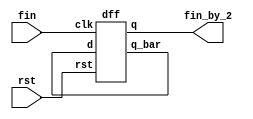
`timescale 1ns / 1ps
//////////////////////////////////////////////////////////////////////////////////
// Company: 
// Engineer: 
// 
// Design Name: 
// Module Name:    freq_by_2 
// Project Name: 
// Target Devices: 
// Tool versions: 
// Description: 
//
// Dependencies: 
//
// Revision: 
// Revision 0.01 - File Created
// Additional Comments: 
//
//////////////////////////////////////////////////////////////////////////////////
module freq_by_2(input fin,rst,output fin_by_2);
	wire qbar;
	dff d1(rst,fin,qbar,fin_by_2,qbar);
endmodule

//d flip-flop
module dff(rst,clk,d,q,q_bar);
	input clk,d,rst;
	output reg q;
	output q_bar;
	
	always@(posedge clk)
	begin
		  if(rst) q<=0;
		  else q<=d;
	end
	assign q_bar = ~q;
endmodule